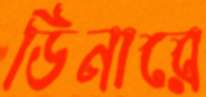
ডিনারে